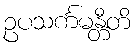
ဥပသင်္ကမန္တီတိ